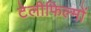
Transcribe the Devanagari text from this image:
टेलीफिल्मों